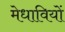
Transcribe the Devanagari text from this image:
मेधावियों